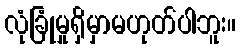
လုံခြုံမှုရှိမှာမဟုတ်ပါဘူး။